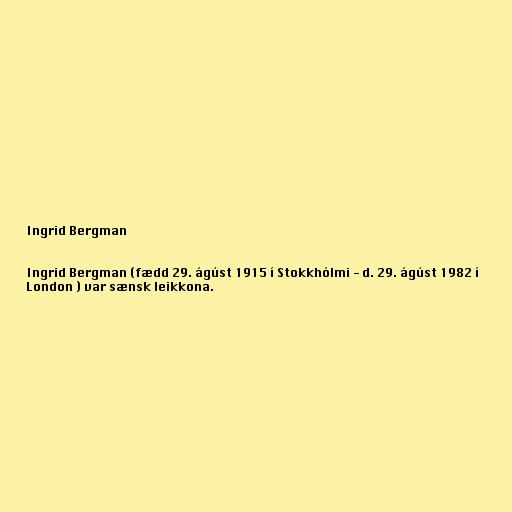
Ingrid Bergman

Ingrid Bergman (fædd 29. ágúst 1915 í Stokkhólmi - d. 29. ágúst 1982 í
London ) var sænsk leikkona.